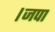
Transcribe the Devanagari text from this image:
।जपा